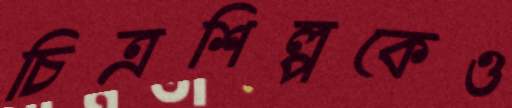
চিত্রশিল্পকেও